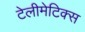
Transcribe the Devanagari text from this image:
टेलीमेटिक्स